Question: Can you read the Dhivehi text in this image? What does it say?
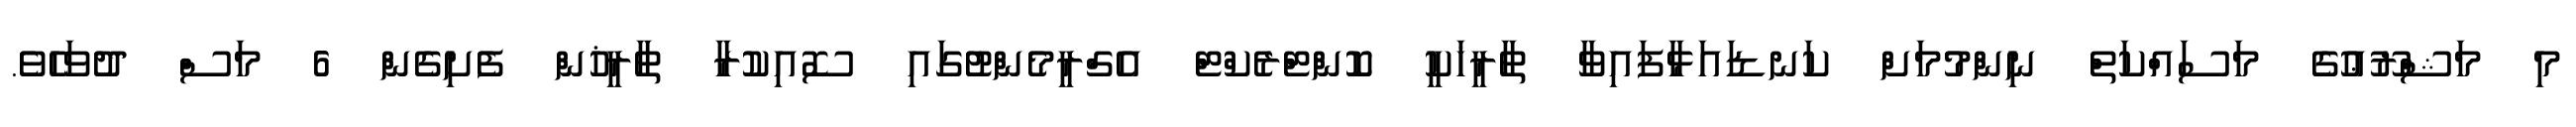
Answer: މި މަޝްރޫޢުގެ މަސައްކަތް ނިންމުމަށް ކަނޑައަޅާފައިވާ ތާރީޚަކީ ކޮންޓްރެކްޓް އެގްރީމެންޓުގައި ސޮއިކުރާ ތާރީޚުން ފެށިގެން 6 މަސް ދުވަހެވެ.